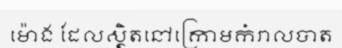
ម៉ោង ដែលស្ថិតនៅក្រោមកំរាលបាត